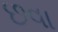
છવા